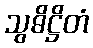
သွဓိဋ္ဌိတံ